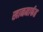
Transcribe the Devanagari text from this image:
खानमार्फत